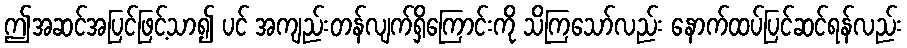
ဤအဆင်အပြင်ဖြင့်သာ၍ ပင် အကျည်းတန်လျက်ရှိကြောင်းကို သိကြသော်လည်း နောက်ထပ်ပြင်ဆင်ရန်လည်း